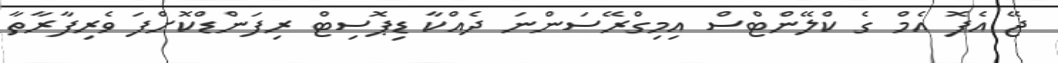
ޖޭ އެފޮ އެމް ގެ ކްލޭންޓްސް އިމިގްރޭސަންނަ ދެއްކާ ޑިޕޮސިޓް ރިފަންޑްކޮށްފަ ވެރިފާރާތާ